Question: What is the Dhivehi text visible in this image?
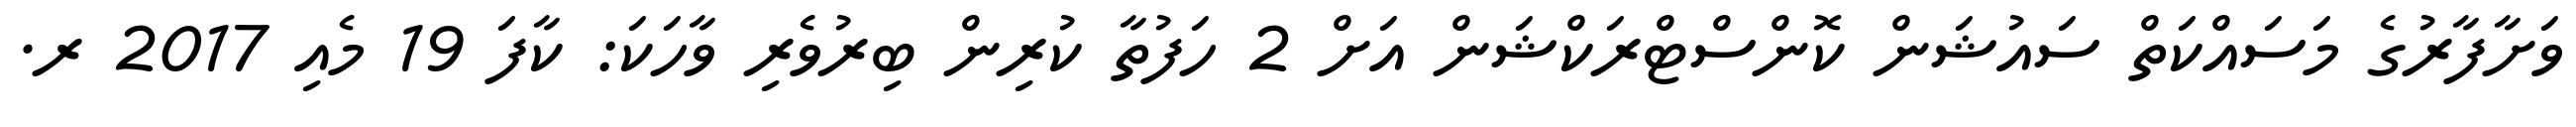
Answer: ވަށާފާރުގެ މަސައްކަތް ސައުޝަން ކޮންސްޓްރަކްޝަން އަށް 2 ހަފުތާ ކުރިން ބިރުވެރި ވާހަކަ: ކާފަ 19 މެއި 2017 ރ.